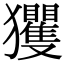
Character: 玃